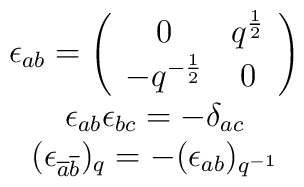
\begin{array}{c}\epsilon_{ab} =\left (\begin{array}{cc}0&q^{\frac{1}{2}}\\-q^{-\frac{1}{2}}&0\\\end{array}\right )\\\epsilon_{ab} \epsilon_{bc}=-\delta_{ac}\\(\epsilon_{\overline {a}\overline {b}})_{q}=-(\epsilon_{a b})_{q^{-1}}\end{array}